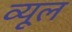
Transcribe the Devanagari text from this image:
व्यूल